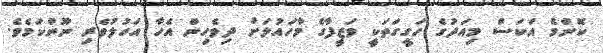
ކޮންމެ އަކަސް މިއަދުގެ ހަގީގަތަކީ ވަޒީފާގެ މާހައުލަށް ދިވެހިން އެހާ އަހުލުވެރި ނޫންކަމެވެ.